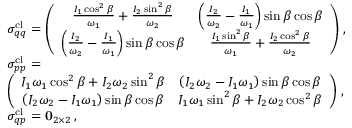
\begin{array} { r l } & { \sigma _ { q q } ^ { \mathrm { c l } } = \left( \begin{array} { c c } { \frac { I _ { 1 } \cos ^ { 2 } \beta } { \omega _ { 1 } } + \frac { I _ { 2 } \sin ^ { 2 } \beta } { \omega _ { 2 } } } & { \left( \frac { I _ { 2 } } { \omega _ { 2 } } - \frac { I _ { 1 } } { \omega _ { 1 } } \right) \sin \beta \cos \beta } \\ { \left( \frac { I _ { 2 } } { \omega _ { 2 } } - \frac { I _ { 1 } } { \omega _ { 1 } } \right) \sin \beta \cos \beta } & { \frac { I _ { 1 } \sin ^ { 2 } \beta } { \omega _ { 1 } } + \frac { I _ { 2 } \cos ^ { 2 } \beta } { \omega _ { 2 } } } \end{array} \right) \, , } \\ & { \sigma _ { p p } ^ { \mathrm { c l } } = } \\ & { \left( \begin{array} { c c } { I _ { 1 } \omega _ { 1 } \cos ^ { 2 } \beta + I _ { 2 } \omega _ { 2 } \sin ^ { 2 } \beta } & { \left( I _ { 2 } \omega _ { 2 } - I _ { 1 } \omega _ { 1 } \right) \sin \beta \cos \beta } \\ { \left( I _ { 2 } \omega _ { 2 } - I _ { 1 } \omega _ { 1 } \right) \sin \beta \cos \beta } & { I _ { 1 } \omega _ { 1 } \sin ^ { 2 } \beta + I _ { 2 } \omega _ { 2 } \cos ^ { 2 } \beta } \end{array} \right) \, , } \\ & { \sigma _ { q p } ^ { \mathrm { c l } } = \mathbf { 0 } _ { 2 \times 2 } \, , } \end{array}